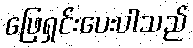
ဖြေရှင်းပေးပါသည်